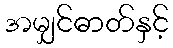
အမျှင်ဓာတ်နှင့်